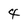
Character: 4